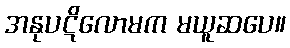
အနုပဋိလောမက မယူဆပေ။